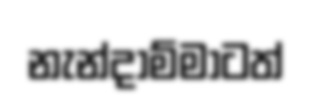
නැන්දාම්මාටත්